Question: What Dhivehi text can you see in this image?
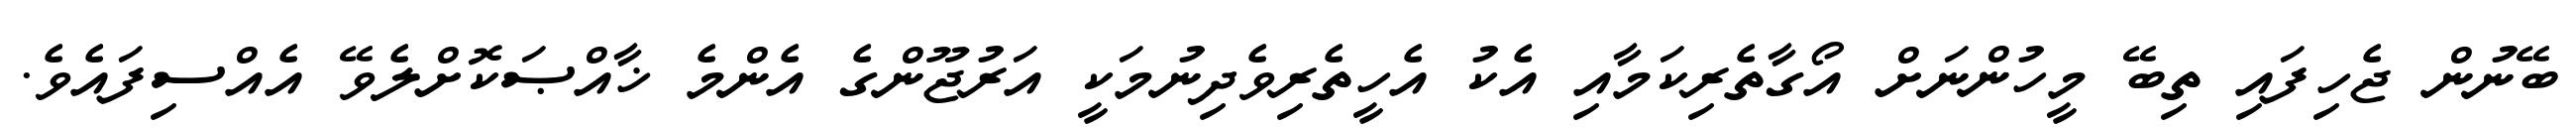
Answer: ބޭނުން ޖެހިފައި ތިބޭ މީހުންނަށް އޯގާތެރިކަމާއި އެކު އެހީތެރިވެދިނުމަކީ އަރުޖޫންގެ އެންމެ ޚާއްޞަކޮށްލެވޭ އެއްސިފައެވެ.